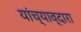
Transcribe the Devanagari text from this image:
यांच्याव्दारा